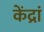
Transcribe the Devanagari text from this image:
केंद्रां